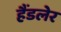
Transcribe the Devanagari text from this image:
हैंडलेर